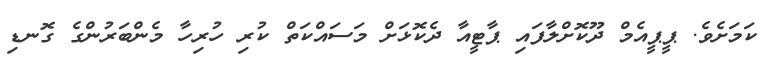
ކަމަށެވެ. ޕީޕީއެމް ދޫކޮށްލާފައި ޕާޓީއާ ދެކޮޅަށް މަސައްކަތް ކުރި ހުރިހާ މެންބަރުންގެ ގޮނޑި